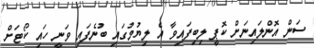
ސަން އޮންލައިނަށް ކޮޕީ ލިބިފައިވާ އެ ލިޔުމުގައި ބުނެފައި ވަނީ ހައި ކޯޓަށް